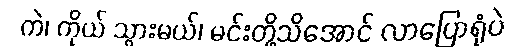
ကဲ၊ ကိုယ် သွားမယ်၊ မင်းတို့သိအောင် လာပြောရုံပဲ